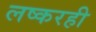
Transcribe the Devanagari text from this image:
लष्करही